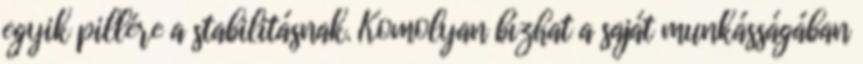
egyik pillére a stabilitásnak. Komolyan bízhat a saját munkásságában